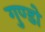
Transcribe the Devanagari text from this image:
गुण्डो